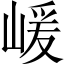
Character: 嵈